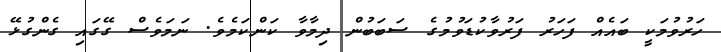
ހަރުވުމަކީ ބައެއް ފަހަރު ފަރުވާކުޑަވުމުގެ ސަބަބުން ދިމާވާ ކަންކަމެވެ. ނަމަވެސް ގޭގައި ގެންގުޅޭ